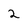
Character: 2